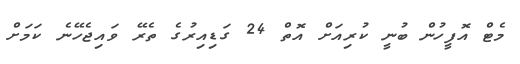
މެޓް އޮފީހުން ބުނީ ކުރިއަށް އޮތް 24 ގަޑިއިރުގެ ތެރޭ ވައިޖެހޭނެ ކަމަށް